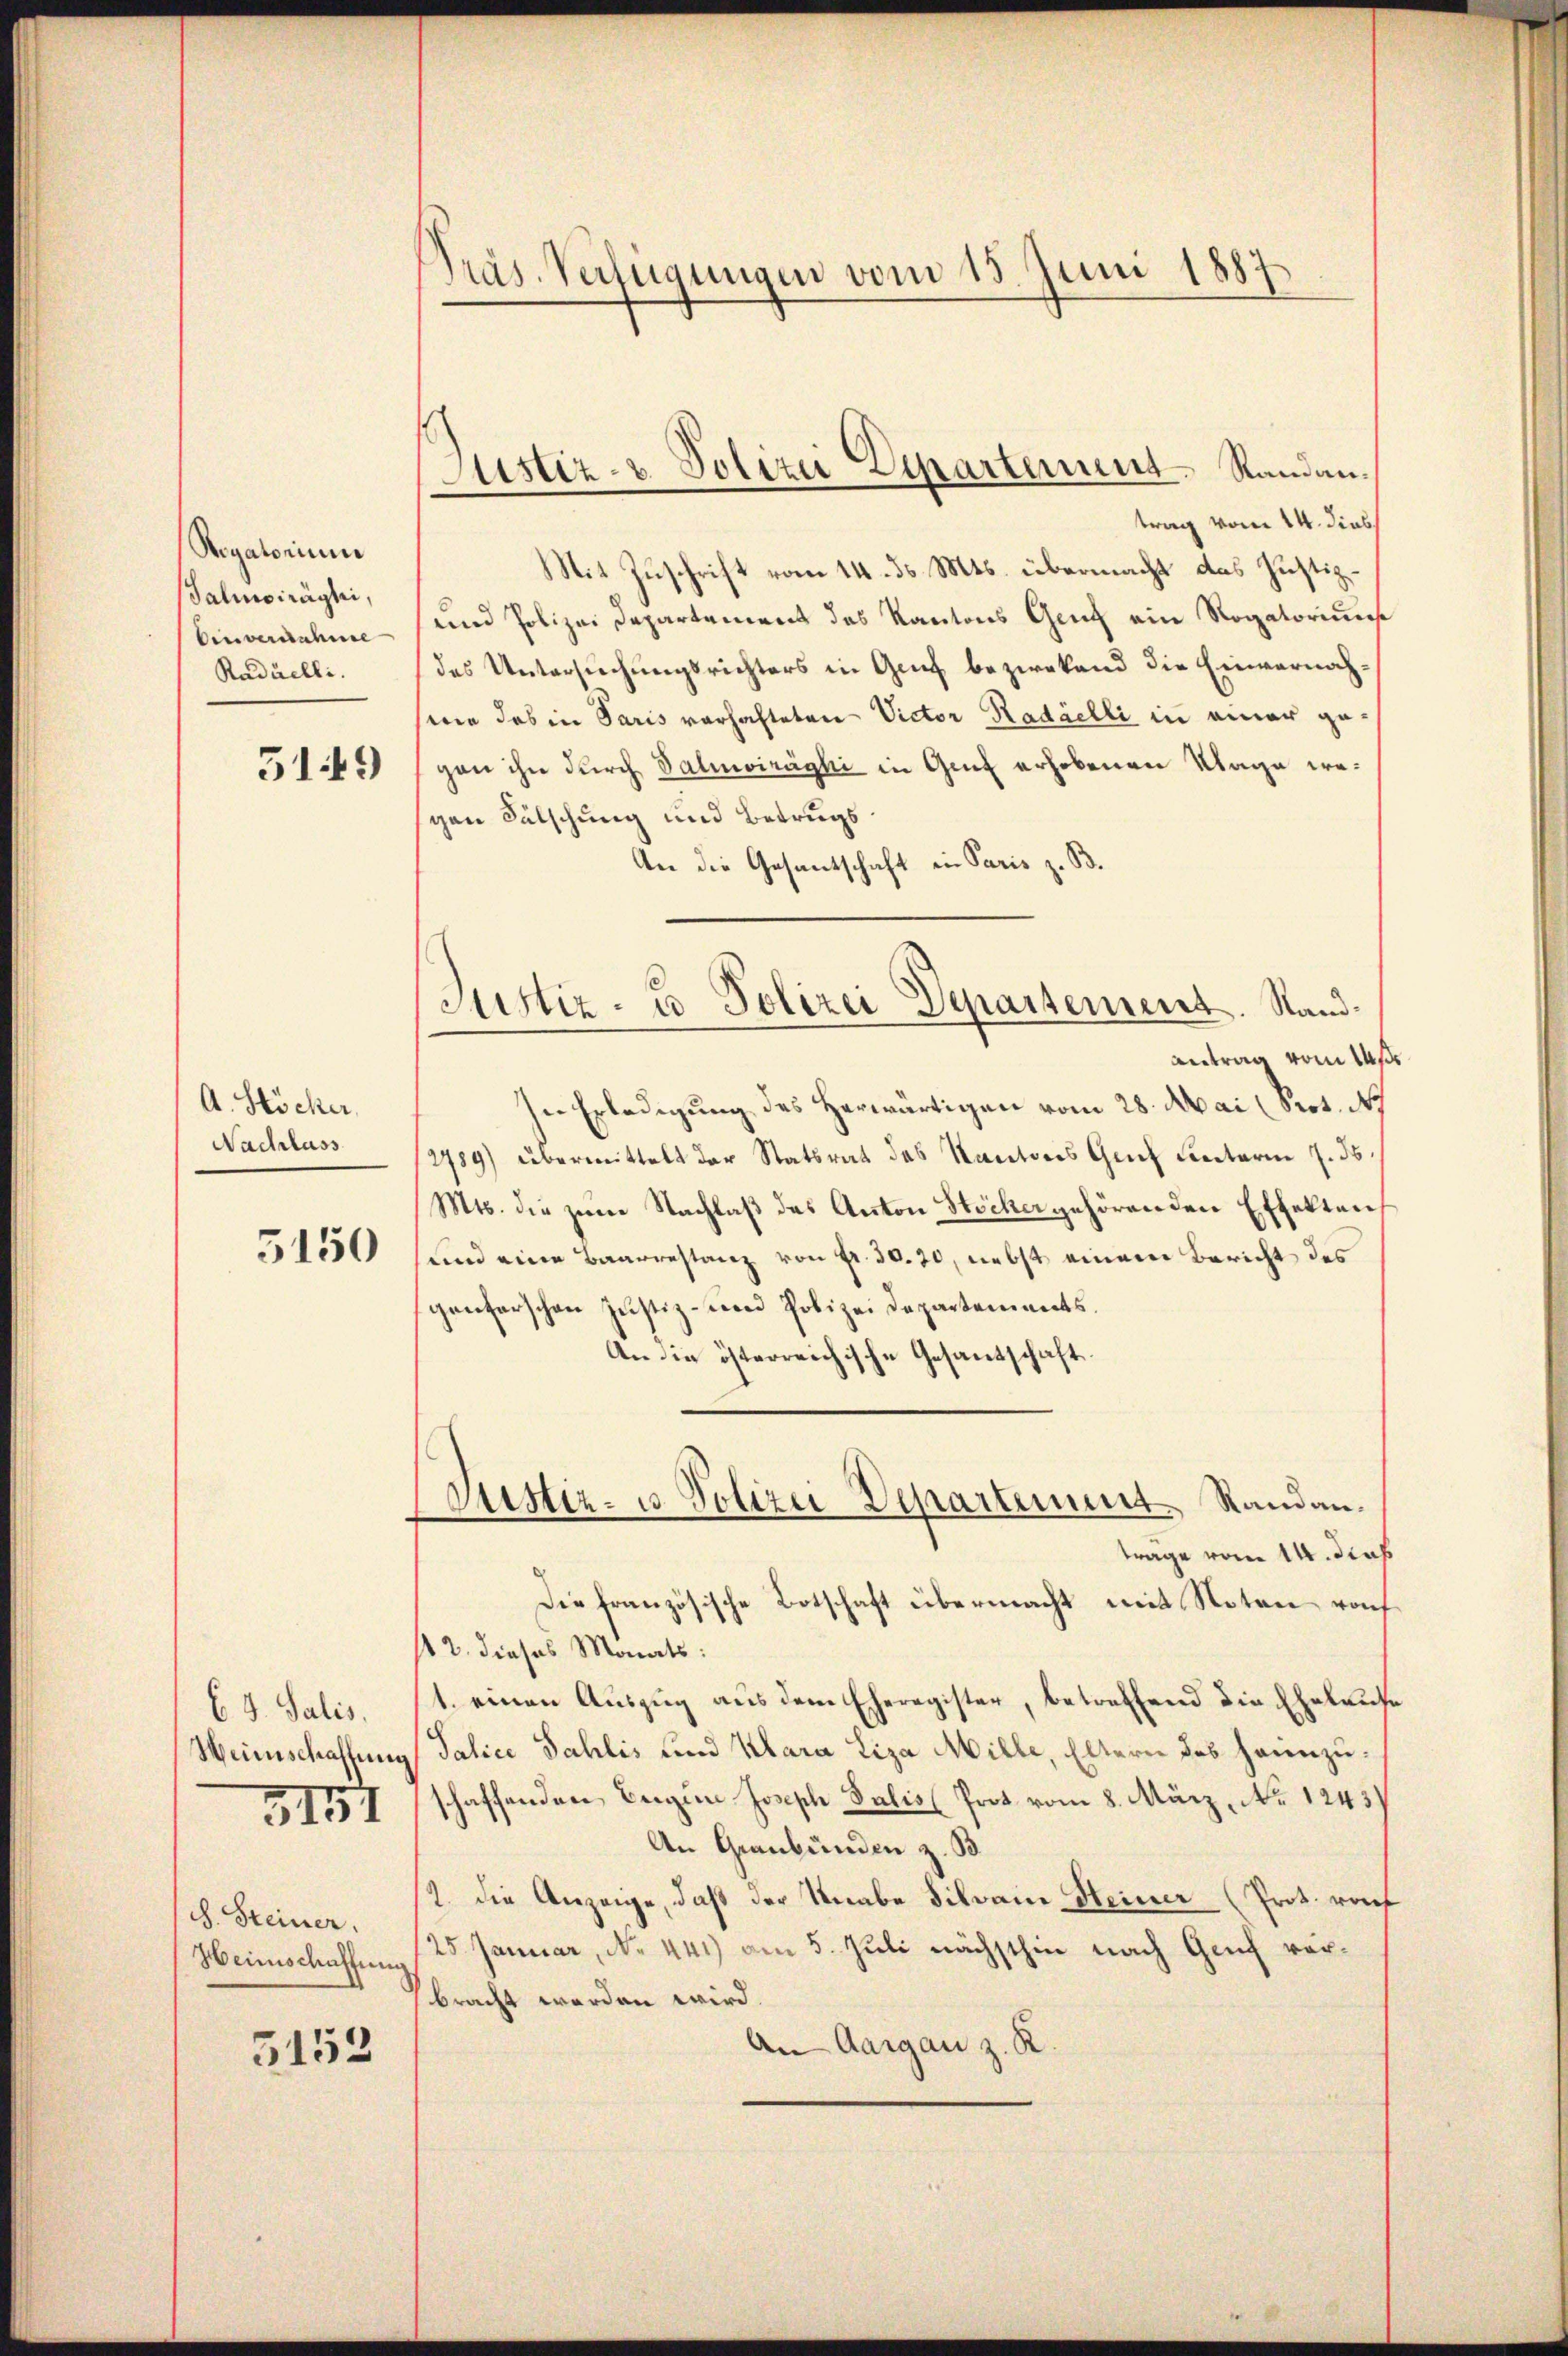
Rogatorium
Salinoiraghi,
Einvernahme
Raduelli.

519

A. Höcker,
Nachlass

5150

b. 4. Salis.
Weinschaffung
3151

S. Steiner.
Heimschaffung

5152

Präs. Verfügungen vom 15. Juni 1887

Justiz- & Polizei Departement. Randantrag vom 14. dies

Justiz- u Polizei Departement. Sand¬

Mit Zuschrift vom 14. ds. Mts. übermacht das Justiz¬
und Polizei Departement das Kantons Genf ein Rogatoriums
des Untersuchungsrichters in Genf bezwekend die Einvernachwie das in Paris verhafteten Victor Radáelli in einer gegon ihn durch Valmwirághi in Genf erhobenen Klage weschen Fälschung und Betrugs
An die Gesantschaft in Paris z. B.
Antrag vom Maße
In Erledigung des Herwärtigen vom 28. Mai (Orot. N
2789) übermittelt der Statsrat des Kantons Genf Cetarii 7. ds.
Mts. die zum Nachlaß des Anton Stöcker gehörenden Effekten,
und eine Baarrestanz von fr. 30. 30, nebst einem Bericht des
genferschen Justiz- und Polizei Departements¬
An die österreichische Gesandschaft.
Justiz- u. Polizei Departement Randantrage vom 14. dies
Die französische Botschaft übermacht mit Noten rof
s 2. dieses Monats:
1. einen Auszug aus dem Eheregister, betreffend die Eheleuse
Salice Sahlis und Klara Liza Mille, Eltern des Heinzuschaffenden Beigen Joseph Salis Prot vom 8. März, No 1243)
An Graubünden z. B
1. die Anzeige, daß der Knabe Silvain Heiner (Prot. raf
25. Januar, No. 441) am 5. Juli nächsthin nach Genf vorbracht worden wird.
An Aargau z. R.